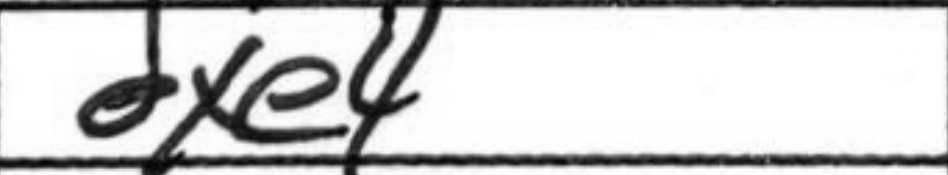
Transcription: dxe4